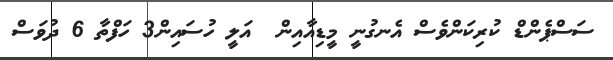
ސަސްޕެންޑް ކުރިކަންވެސް އެނގުނީ މީޑިއާއިން  އަލީ ހުސައިން3 ހަފްތާ 6 ދުވަސް